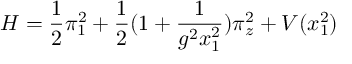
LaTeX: H = \frac { 1 } { 2 } \pi _ { 1 } ^ { 2 } + \frac { 1 } { 2 } ( 1 + \frac { 1 } { g ^ { 2 } x _ { 1 } ^ { 2 } } ) \pi _ { z } ^ { 2 } + V ( x _ { 1 } ^ { 2 } )